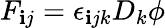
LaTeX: F_{\mathbf{i}j}=\epsilon_{\mathbf{i}jk}D_{k}\phi